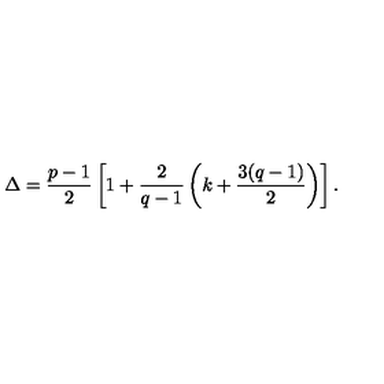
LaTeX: \Delta = { \frac { p - 1 } { 2 } } \left[ 1 + { \frac { 2 } { q - 1 } } \left( k + { \frac { 3 ( q - 1 ) } { 2 } } \right) \right] .